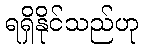
ရရှိနိုင်သည်ဟု